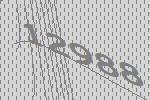
12988